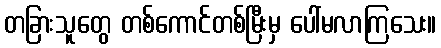
တခြားသူတွေ တစ်ကောင်တစ်မြီးမှ ပေါ်မလာကြသေး။